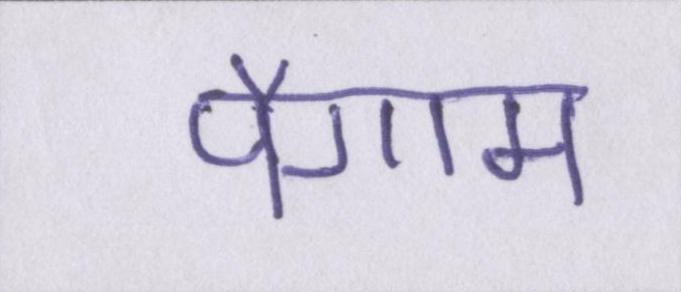
पैगाम